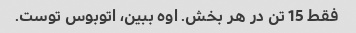
فقط 15 تن در هر بخش. اوه ببین، اتوبوس توست.